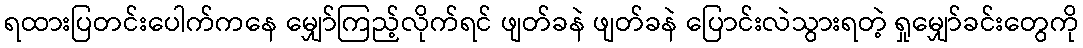
ရထားပြတင်းပေါက်ကနေ မျှော်ကြည့်လိုက်ရင် ဖျတ်ခနဲ ဖျတ်ခနဲ ပြောင်းလဲသွားရတဲ့ ရှုမျှော်ခင်းတွေကို